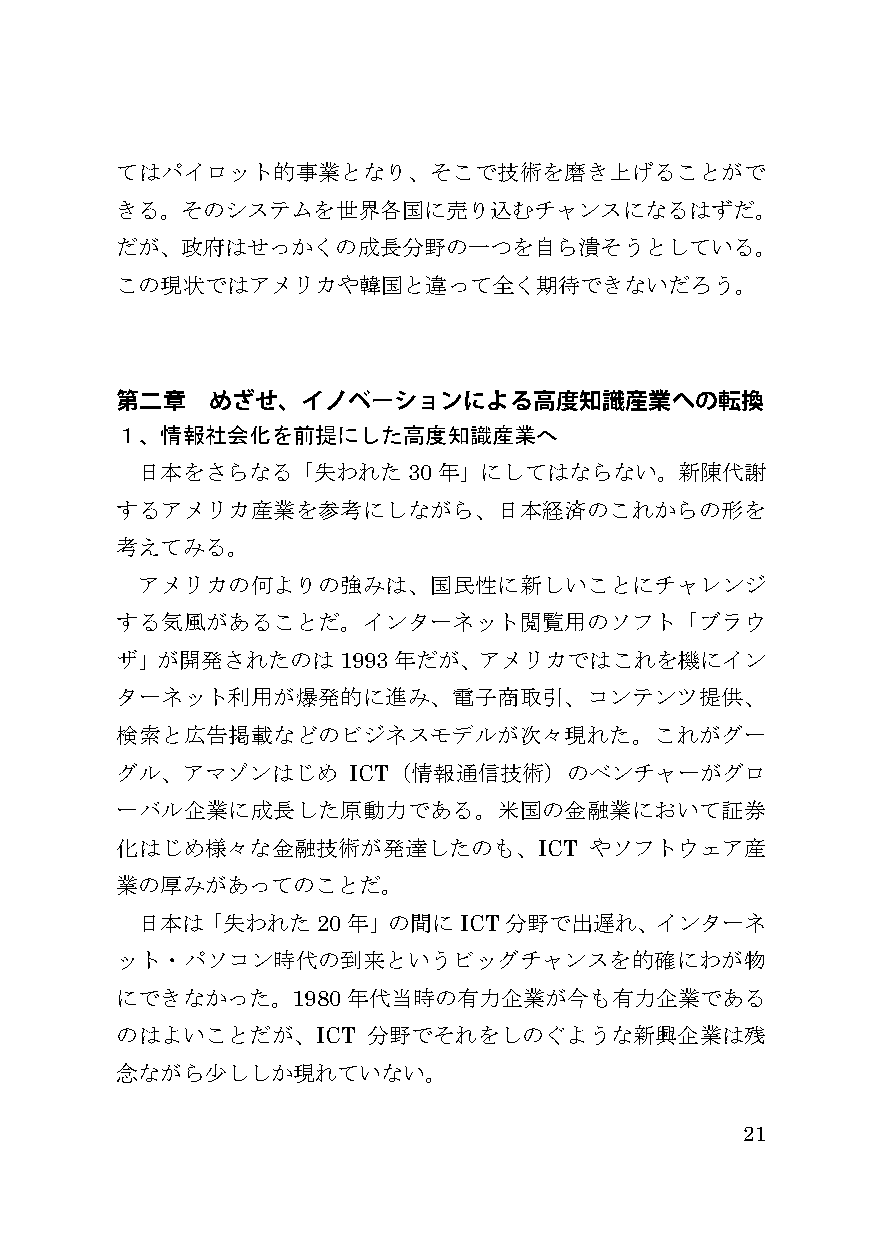
てはパイロット的事業となり、そこで技術を磨き上げることがで
 きる。そのシステムを世界各国に売り込むチャンスになるはずだ。
 だが、政府はせっかくの成長分野の一つを自ら潰そうとしている。
 この現状ではアメリカや韓国と違って全く期待できないだろう。
 第二章   めざせ、イノベーションによる高度知識産業への転換
 １、情報社会化を前提にした高度知識産業へ
 日本をさらなる「失われた30年」にしてはならない。新陳代謝
 するアメリカ産業を参考にしながら、日本経済のこれからの形を
 考えてみる。
 アメリカの何よりの強みは、国民性に新しいことにチャレンジ
 する気風があることだ。インターネット閲覧用のソフト「ブラウ
 ザ」が開発されたのは1993年だが、アメリカではこれを機にイン
 ターネット利用が爆発的に進み、電子商取引、コンテンツ提供、
 検索と広告掲載などのビジネスモデルが次々現れた。これがグー
 グル、アマゾンはじめ     ICT（情報通信技術）のベンチャーがグロ
 ーバル企業に成長した原動力である。米国の金融業において証券
 化はじめ様々な金融技術が発達したのも、ICT         やソフトウェア産
 業の厚みがあってのことだ。
 日本は「失われた20年」の間にICT分野で出遅れ、インターネ
 ット・パソコン時代の到来というビッグチャンスを的確にわが物
 にできなかった。1980年代当時の有力企業が今も有力企業である
 のはよいことだが、ICT    分野でそれをしのぐような新興企業は残
 念ながら少ししか現れていない。
 21